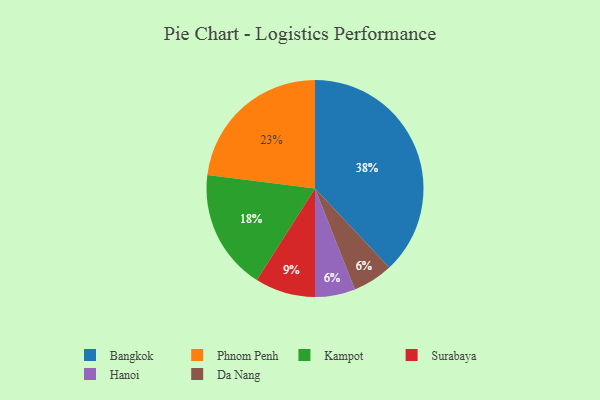
{"axis": {"x": "Category", "y": "Percentage"}, "legend": ["Bangkok", "Da Nang", "Hanoi", "Kampot", "Phnom Penh", "Surabaya"], "data": [{"x": "Hanoi", "y": 6, "type": "Hanoi"}, {"x": "Kampot", "y": 18, "type": "Kampot"}, {"x": "Da Nang", "y": 6, "type": "Da Nang"}, {"x": "Surabaya", "y": 9, "type": "Surabaya"}, {"x": "Bangkok", "y": 38, "type": "Bangkok"}, {"x": "Phnom Penh", "y": 23, "type": "Phnom Penh"}]}